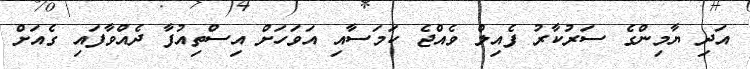
އަދި ޔާމިންގެ ސަރުކާރު ފެއިލް ވެއްޖެ ކަމަސާއި އަވަހަށް އިސްތިއުފާ ދެއްވާފައި ގެއަށް